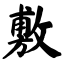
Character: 敷